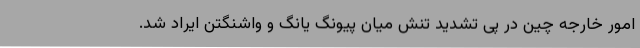
امور خارجه چین در پی تشدید تنش میان پیونگ یانگ و واشنگتن ایراد شد.